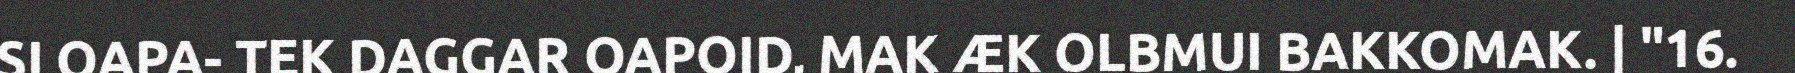
SI OAPA- TEK DAGGAR OAPOID, MAK ÆK OLBMUI BAKKOMAK. | "16.